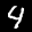
Label: 4